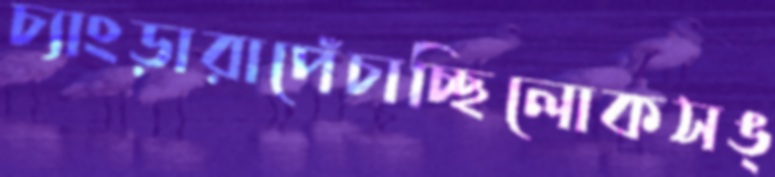
চ্যাংড়ারাপেঁচাচ্ছিলোকসঙ্